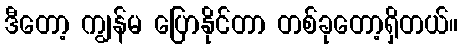
ဒီတော့ ကျွန်မ ပြောနိုင်တာ တစ်ခုတော့ရှိတယ်။